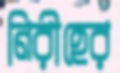
নিরীহের